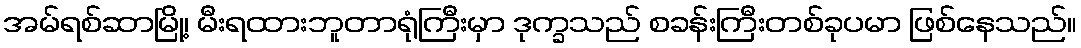
အမ်ရစ်ဆာမြို့၊ မီးရထားဘူတာရုံကြီးမှာ ဒုက္ခသည် စခန်းကြီးတစ်ခုပမာ ဖြစ်နေသည်။